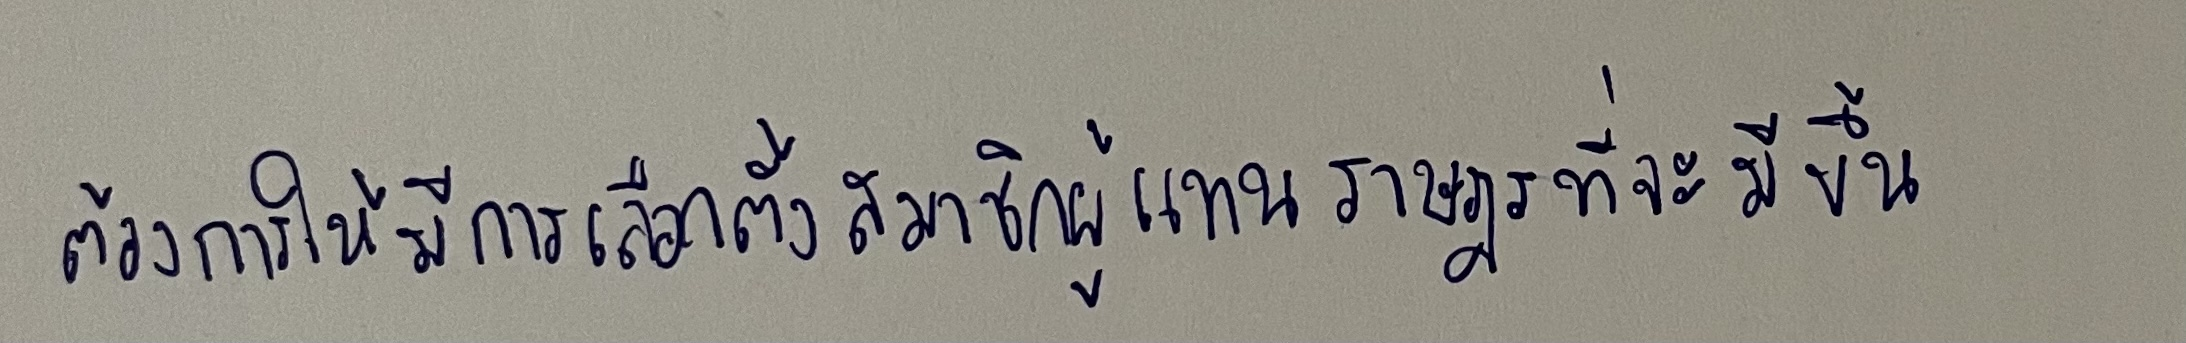
2.ต้องการให้มีการเลือกตั้งสมาชิกผู้แทนราษฎรที่จะมีขึ้น